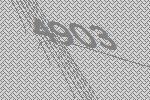
4903